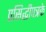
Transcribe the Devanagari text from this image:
प्रसिद्धीपत्रके